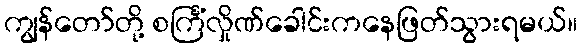
ကျွန်တော်တို့ စင်္ကြံလှိုဏ်ခေါင်းကနေဖြတ်သွားရမယ်။